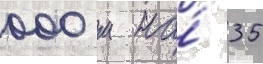
000 м на́ 35